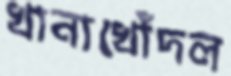
খানাখোঁদল